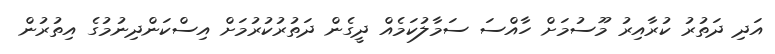
އަދި ދަތުރު ކުރާއިރު މޫސުމަށް ހާއްސަ ސަމާލުކަމެއް ދީގެން ދަތުރުކުރުމަށް އިސްކަންދިނުމުގެ އިތުރުން